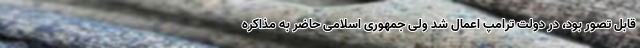
قابل تصور بود، در دولت ترامپ اعمال شد ولی جمهوری اسلامی حاضر به مذاکره